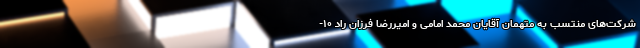
شرکت‌های منتسب به متهمان آقایان محمد امامی و امیررضا فرزان راد ۱۰-